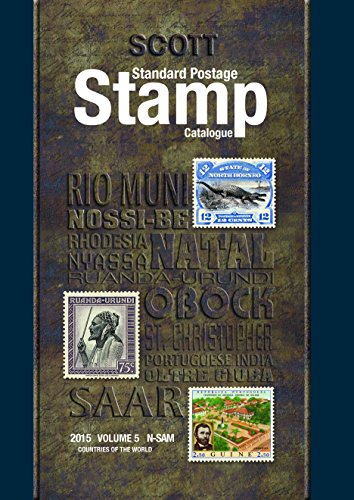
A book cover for Scott 2015 Standard Postage Stamp Catalogue Volume 5: Countries of the World N-Sam (Scott Standard Postage Stamp Catalogue Vol 5 Countries N-Sam); Charles Snee; Crafts, Hobbies & Home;